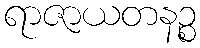
ရာဇာယတနဉ္စ